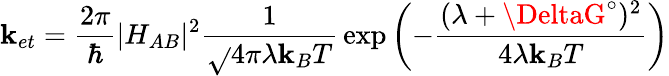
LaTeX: \mathbf{k}_{et}={\frac{{2\pi}}{{\hbar}}}|H_{AB}|^{2}{\frac{{1}}{{\sqrt{}{{4\pi\lambda\mathbf{k}_{B}T}}}}}\exp\left(-{\frac{{(\lambda+\DeltaG^{\circ})^{2}}}{{4\lambda\mathbf{k}_{B}T}}}\right)